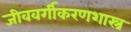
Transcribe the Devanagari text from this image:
जीववर्गीकरणशास्त्र